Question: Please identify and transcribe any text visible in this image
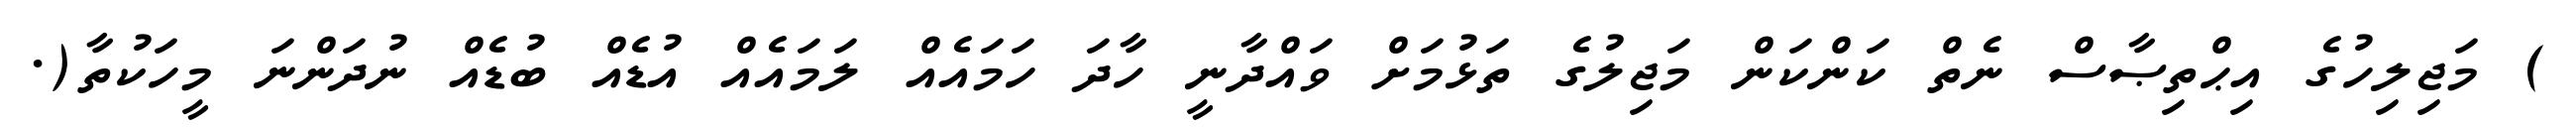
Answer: ) މަޖިލިހުގެ އިޙްތިޞާސް ނެތް ކަންކަން މަޖިލުގެ ތަޅުމަށް ވައްދާނީ ހާދަ ހަމައެއް ލަމައެއް އުޑެއް ބުޑެއް ނުދަންނަ މީހަކުތާ(.